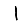
Digit: 1